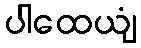
ပါထေယျံ